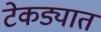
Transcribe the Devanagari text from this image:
टेकड्यात